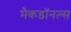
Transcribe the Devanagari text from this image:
मैकडॉनल्स